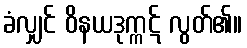
ခံလျှင် ဝိနယဒုက္ကဋ် လွတ်၏။